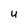
Character: U